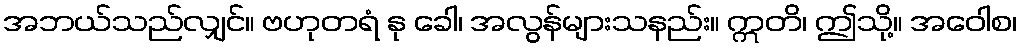
အဘယ်သည်လျှင်။ ဗဟုတရံ နု ခေါ၊ အလွန်များသနည်း။ ဣတိ၊ ဤသို့။ အဝေါစ၊